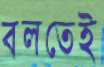
বলতেই